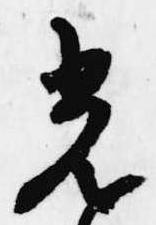
光